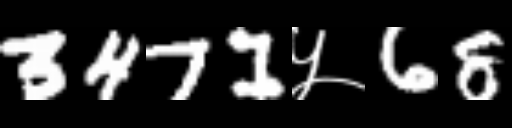
Text: 3471५68